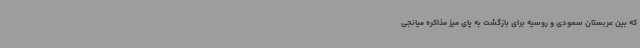
که بین عربستان سعودی و روسیه برای بازگشت به پای میز مذاکره میانجی